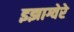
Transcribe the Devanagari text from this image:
इझाग्वेरे